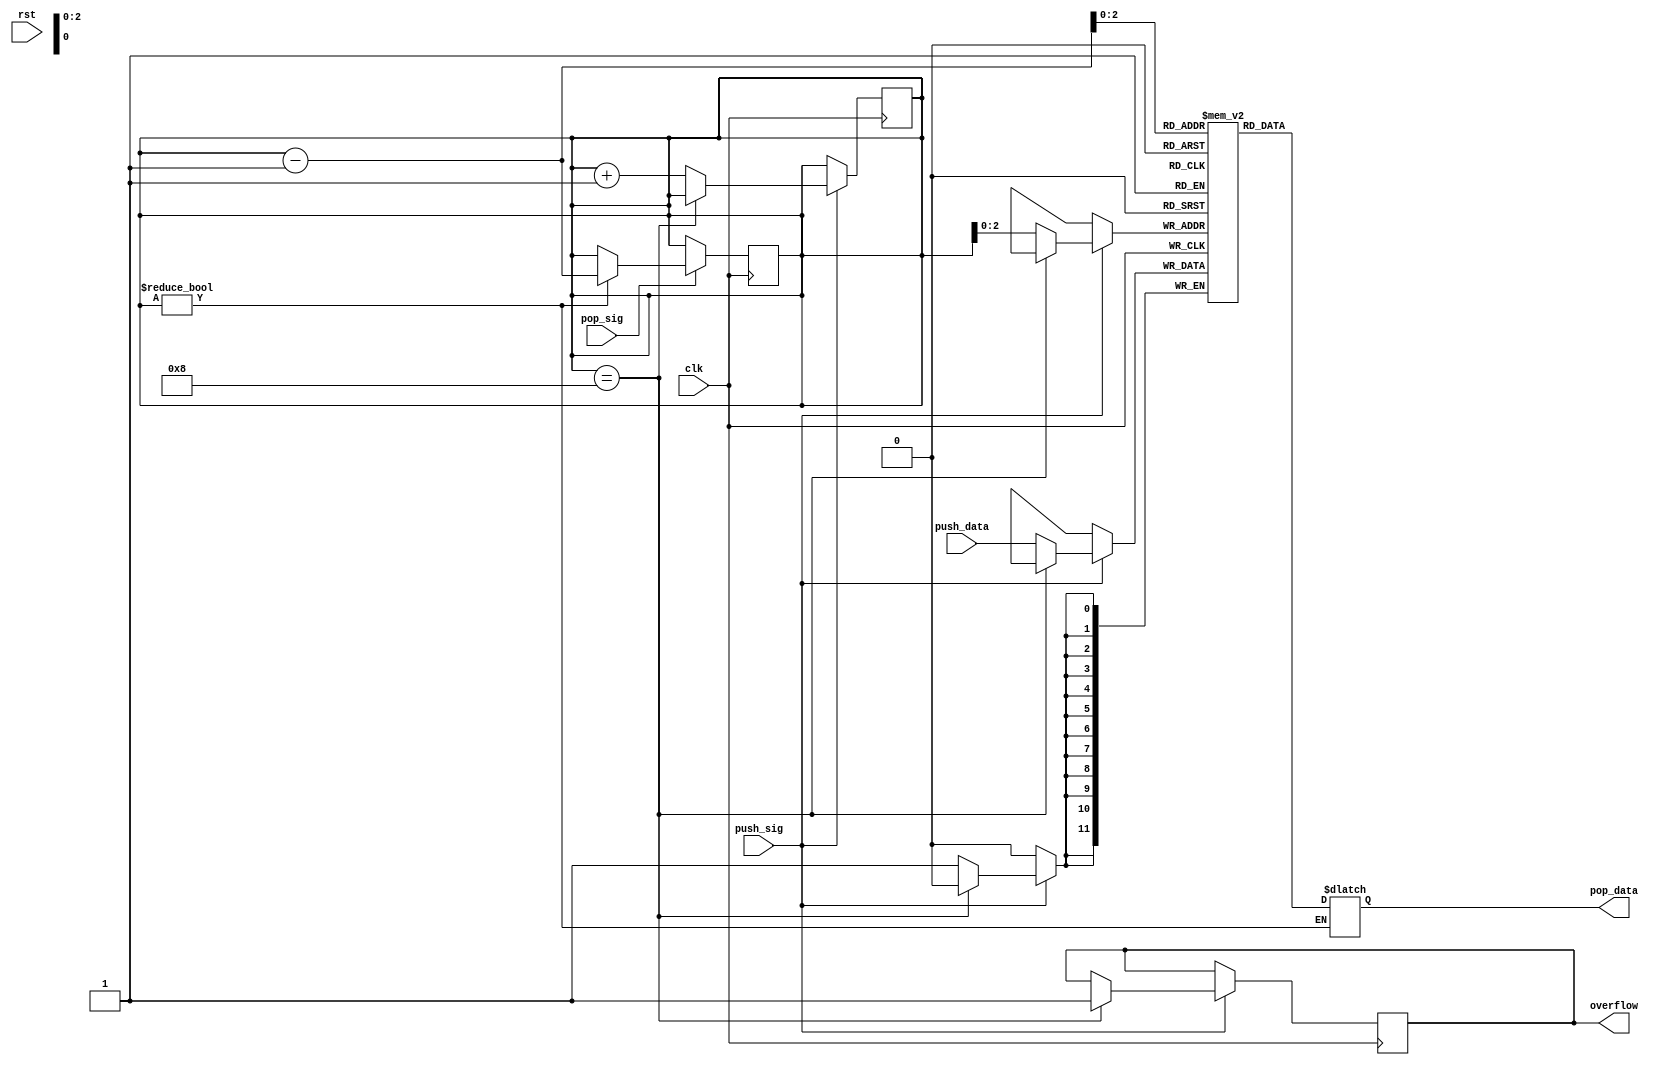
`timescale 1ns/1ns
module Stack(input rst, push_sig, pop_sig, clk, input[11:0] push_data, output reg overflow, output reg [11:0] pop_data);
  
  initial begin
    overflow <= 0;
  end

  reg[11:0] data[7:0];
  reg[3:0] stack_pointer = 4'b0;
  
  always @(stack_pointer) begin
    if(stack_pointer != 4'b0) begin
        pop_data = data[stack_pointer - 1];
    end 
  end
  
  always @(posedge clk) begin
  //always @(posedge push_sig) begin
    if(push_sig) begin
      if(stack_pointer == 4'b1000) begin
        overflow <= 1;
      end else begin
        data[stack_pointer] <= push_data;
        stack_pointer <= stack_pointer + 1;
      end
    end
  end
  always @(posedge clk) begin
    if(pop_sig) begin
      if(stack_pointer != 4'b0) begin
        //pop_data <= data[stack_pointer - 1];
        stack_pointer <= stack_pointer - 1;
      end
    end
  end

  integer i;
  initial begin
    for(i = 0; i < 8; i = i + 1) begin: loop2
      $dumpvars(0, data[i]);
    end
  end
  
endmodule